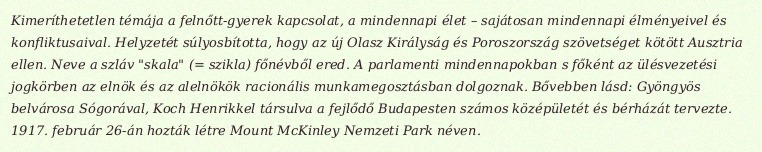
Kimeríthetetlen témája a felnőtt-gyerek kapcsolat, a mindennapi élet – sajátosan mindennapi élményeivel és konfliktusaival. Helyzetét súlyosbította, hogy az új Olasz Királyság és Poroszország szövetséget kötött Ausztria ellen. Neve a szláv "skala" (= szikla) főnévből ered. A parlamenti mindennapokban s főként az ülésvezetési jogkörben az elnök és az alelnökök racionális munkamegosztásban dolgoznak. Bővebben lásd: Gyöngyös belvárosa Sógorával, Koch Henrikkel társulva a fejlődő Budapesten számos középületét és bérházát tervezte. 1917. február 26-án hozták létre Mount McKinley Nemzeti Park néven.